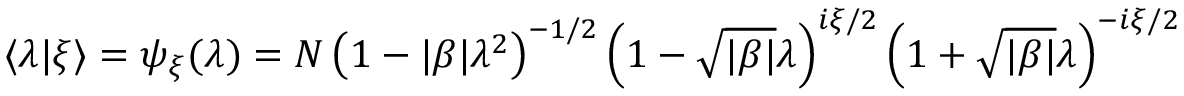
\langle \lambda \vert \xi \rangle = \psi _ { \xi } ( \lambda ) = N \left( 1 - \vert \beta \vert \lambda ^ { 2 } \right) ^ { - 1 / 2 } \left( 1 - \sqrt { \vert \beta \vert } \lambda \right) ^ { i \xi / 2 } \left( 1 + \sqrt { \vert \beta \vert } \lambda \right) ^ { - i \xi / 2 }